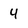
Character: 4